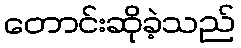
တောင်းဆိုခဲ့သည်